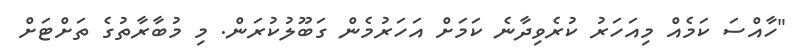
"ހާއްސަ ކަމެއް މިއަހަރު ކުރެވިދާނެ ކަމަށް އަހަރުމެން ގަބޫލުކުރަން. މި މުބާރާތުގެ ތަށްޓަށް